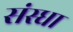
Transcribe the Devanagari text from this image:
संस्धा